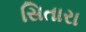
સિતારા